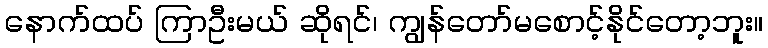
နောက်ထပ် ကြာဦးမယ် ဆိုရင်၊ ကျွန်တော်မစောင့်နိုင်တော့ဘူး။